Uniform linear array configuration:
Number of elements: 48
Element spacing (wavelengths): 0.25
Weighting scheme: kaiser
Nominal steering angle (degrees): -15
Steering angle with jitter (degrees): -13.912
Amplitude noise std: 0.05
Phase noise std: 0.05

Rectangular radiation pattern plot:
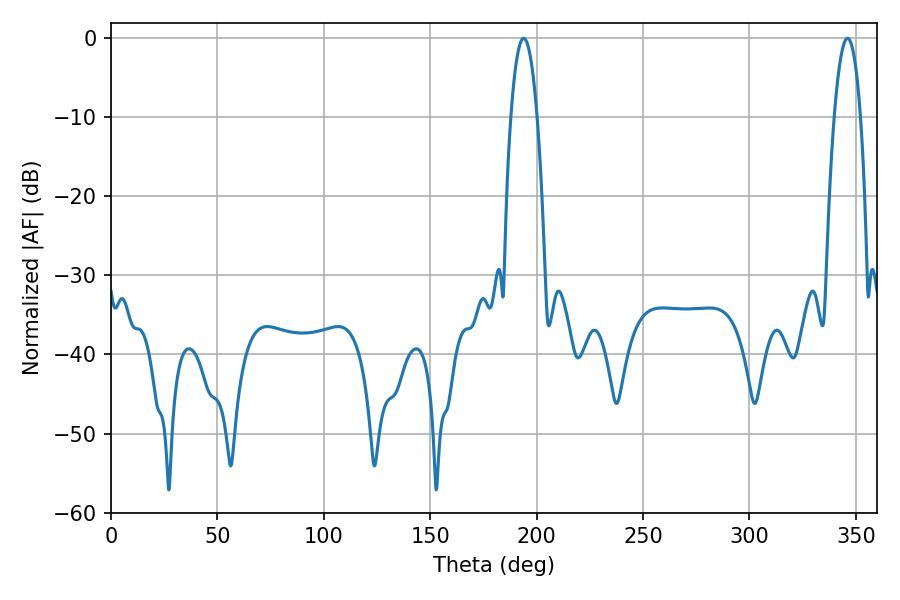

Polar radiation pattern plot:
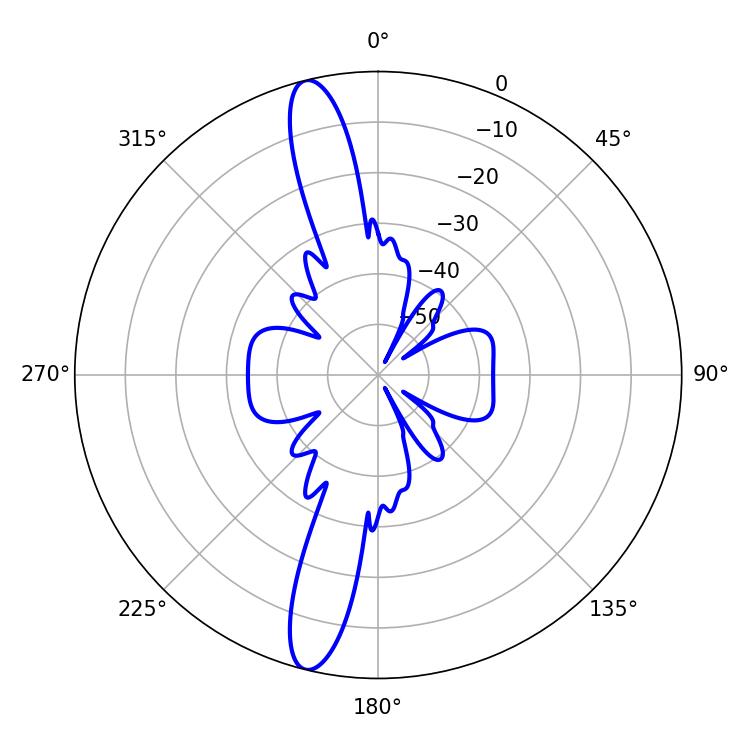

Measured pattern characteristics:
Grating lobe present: FALSE
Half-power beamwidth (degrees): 6.84
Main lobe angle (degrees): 193.86